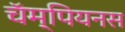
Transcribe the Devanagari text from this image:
चॅम्पियनस